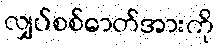
လျှပ်စစ်ဓာတ်အားကို